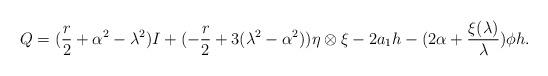
LaTeX: \begin{align*}Q=(\frac{r}{2}+\alpha ^{2}-\lambda ^{2})I+(-\frac{r}{2}+3(\lambda^{2}-\alpha ^{2}))\eta \otimes \xi -2a_{1}h-(2\alpha +\frac{\xi (\lambda )}{\lambda })\phi h. \end{align*}